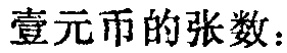
壹元币的张数：